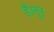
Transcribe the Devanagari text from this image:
है।नूर